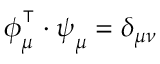
\boldsymbol { \phi } _ { \mu } ^ { \intercal } \cdot \boldsymbol { \psi } _ { \mu } = \delta _ { \mu \nu }